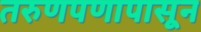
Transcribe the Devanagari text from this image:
तरुणपणापासून